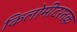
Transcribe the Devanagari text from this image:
किलोमीटरतक